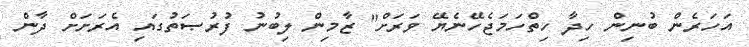
އަހަރެން ބުނިން ހިދާ ހިތްހަމަޖެހޭނެޔޭ ވަރަށް" ޒާމިން ލިބުނު ފުރުޞަތުގައި އެރަށަށް ދާން